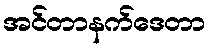
အင်တာနက်ဒေတာ